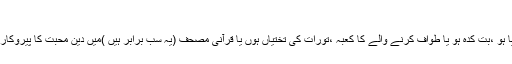
رکائبہ فالحب دین وایمانی
’’میرا دل ہر صورت قبول کر لیتا ہے ،ہرن کی چراگاہ ہو ،راہب کی کٹیا ہو ،بت کدہ ہو یا طواف کرنے والے کا کعبہ ،تورات کی تختیاں ہوں یا قرآنی مصحف (یہ سب برابر ہیں )میں دین محبت کا پیروکار ہوں اس کی کے سوار جہاں چلے جائیں محبت ہی میرا دین و ایمان ہے۔